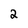
Character: 2